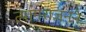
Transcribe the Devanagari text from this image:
त्यागराजनने